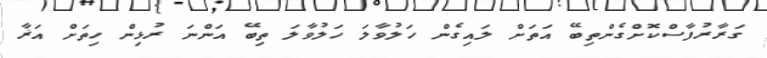
ގަރާރުފާސްކޮށްގެންތިބޭ އަތަށް ލައިގެން ހަލުވާލަ ހަލުވާލަ ތިބޭ އަންނަ ރުޅިން ހިތަށް އަޜާ